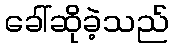
ခေါ်ဆိုခဲ့သည်